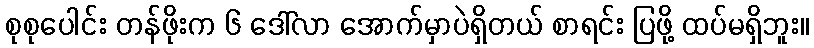
စုစုပေါင်း တန်ဖိုးက ၆ ဒေါ်လာ အောက်မှာပဲရှိတယ် စာရင်း ပြဖို့ ထပ်မရှိဘူး။